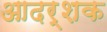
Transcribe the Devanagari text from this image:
आदर्शक